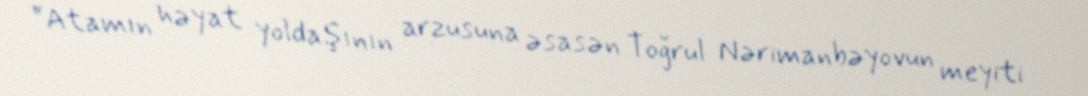
“Atamın həyat yoldaşının arzusuna əsasən Toğrul Nərimanbəyovun meyiti